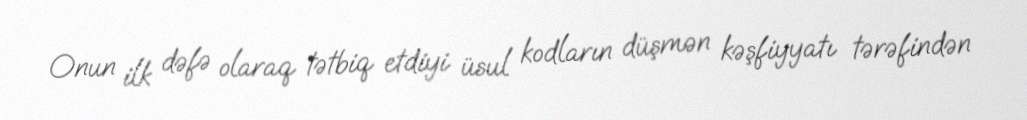
Onun ilk dəfə olaraq tətbiq etdiyi üsul kodların düşmən kəşfiyyatı tərəfindən